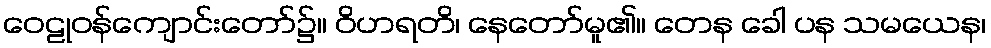
ဝေဠုဝန်ကျောင်းတော်၌။ ဝိဟရတိ၊ နေတော်မူ၏။ တေန ခေါ ပန သမယေန၊